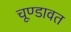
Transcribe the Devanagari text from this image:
चूण्डावत